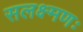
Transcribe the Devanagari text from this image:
सलक्ष्मणः